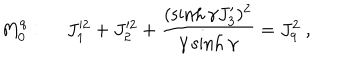
LaTeX: M _ { 0 } ^ { q } : ~ ~ J _ { 1 } ^ { \prime 2 } + J _ { 2 } ^ { \prime 2 } + \displaystyle \frac { ( \sinh \gamma J _ { 3 } ^ { \prime } ) ^ { 2 } } { \gamma \sinh \gamma } = J _ { q } ^ { 2 } ~ ,